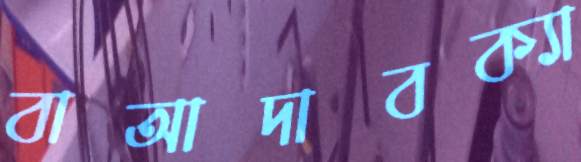
বাআদাবক্যা